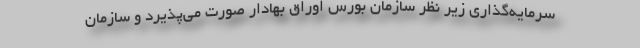
سرمایه‌گذاری زیر نظر سازمان بورس اوراق بهادار صورت می‌پذیرد و سازمان